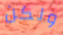
ولكن